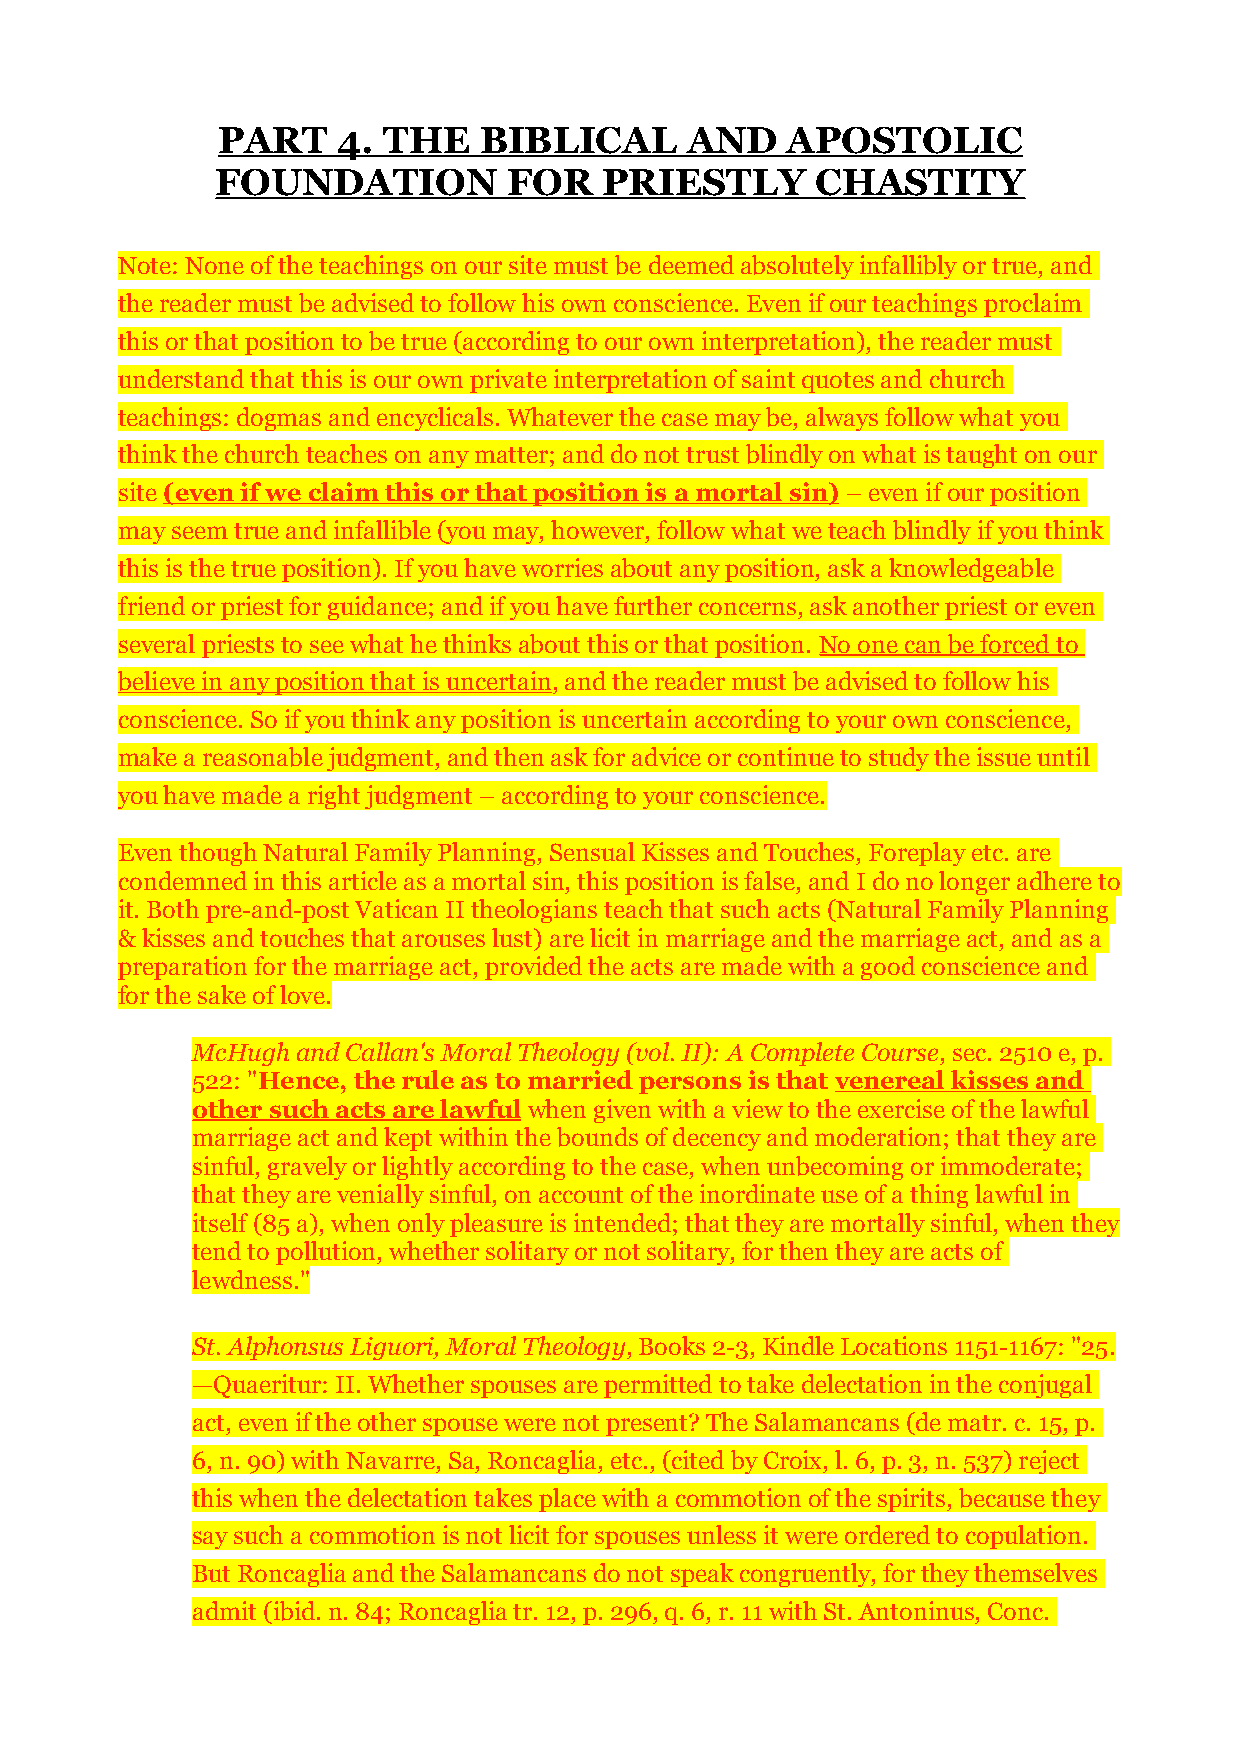
PART    4. THE    BIBLICAL     AND    APOSTOLIC
 FOUNDATION          FOR   PRIESTLY      CHASTITY
 Note: None of the teachings on our site must be deemed absolutely infallibly or true, and
 the reader must be advised to follow his own conscience. Even if our teachings proclaim
 this or that position to be true (according to our own interpretation), the reader must
 understand that this is our own private interpretation of saint quotes and church
 teachings: dogmas and encyclicals. Whatever the case may be, always follow what you
 think the church teaches on any matter; and do not trust blindly on what is taught on our
 site (even if we claim this or that position is a mortal sin) – even if our position
 may seem true and infallible (you may, however, follow what we teach blindly if you think
 this is the true position). If you have worries about any position, ask a knowledgeable
 friend or priest for guidance; and if you have further concerns, ask another priest or even
 several priests to see what he thinks about this or that position. No one can be forced to
 believe in any position that is uncertain, and the reader must be advised to follow his
 conscience. So if you think any position is uncertain according to your own conscience,
 make a reasonable judgment, and then ask for advice or continue to study the issue until
 you have made a right judgment – according to your conscience.
 Even though Natural Family Planning, Sensual Kisses and Touches, Foreplay etc. are
 condemned in this article as a mortal sin, this position is false, and I do no longer adhere to
 it. Both pre-and-post Vatican II theologians teach that such acts (Natural Family Planning
 & kisses and touches that arouses lust) are licit in marriage and the marriage act, and as a
 preparation for the marriage act, provided the acts are made with a good conscience and
 for the sake of love.
 McHugh and Callan's Moral Theology (vol. II): A Complete Course, sec. 2510 e, p.
 522: "Hence, the rule as to married persons is that venereal kisses and
 other such acts are lawful when given with a view to the exercise of the lawful
 marriage act and kept within the bounds of decency and moderation; that they are
 sinful, gravely or lightly according to the case, when unbecoming or immoderate;
 that they are venially sinful, on account of the inordinate use of a thing lawful in
 itself (85 a), when only pleasure is intended; that they are mortally sinful, when they
 tend to pollution, whether solitary or not solitary, for then they are acts of
 lewdness."
 St. Alphonsus Liguori, Moral Theology, Books 2-3, Kindle Locations 1151-1167: "25.
 —Quaeritur: II. Whether spouses are permitted to take delectation in the conjugal
 act, even if the other spouse were not present? The Salamancans (de matr. c. 15, p.
 6, n. 90) with Navarre, Sa, Roncaglia, etc., (cited by Croix, l. 6, p. 3, n. 537) reject
 this when the delectation takes place with a commotion of the spirits, because they
 say such a commotion is not licit for spouses unless it were ordered to copulation.
 But Roncaglia and the Salamancans do not speak congruently, for they themselves
 admit (ibid. n. 84; Roncaglia tr. 12, p. 296, q. 6, r. 11 with St. Antoninus, Conc.